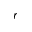
^ Ḋ r Ḍ